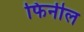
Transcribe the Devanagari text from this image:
फिनील